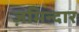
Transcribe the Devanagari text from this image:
ज़मिन्दार